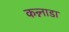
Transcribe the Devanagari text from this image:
कन्न्नाडा